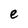
Character: e